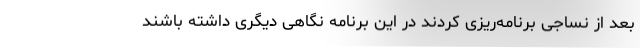
بعد از نساجی برنامه‌ریزی کردند در این برنامه نگاهی دیگری داشته باشند